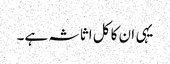
یہی ان کا کل اثاثہ ہے۔